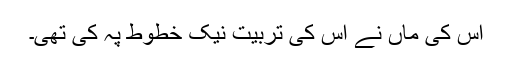
اس کی ماں نے اس کی تربیت نیک خطوط پہ کی تھی۔